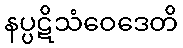
နပ္ပဋိသံဝေဒေတိ